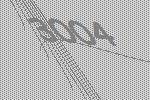
3004